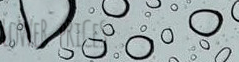
LoWeR pRiCeS